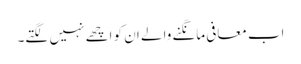
اب معافی مانگنے والے ان کو اچھے نہیں لگتے۔